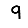
Digit: 9